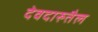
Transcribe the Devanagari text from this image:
देवदारुतैल